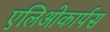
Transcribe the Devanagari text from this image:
एलिओकार्पस